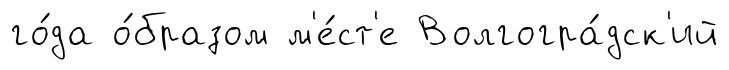
го́да о́бразом м'е́ст'е Волгогра́дск'ий